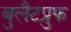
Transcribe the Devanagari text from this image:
बुलैटप्रुफ